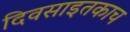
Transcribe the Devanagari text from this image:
दिवसाइतकाच